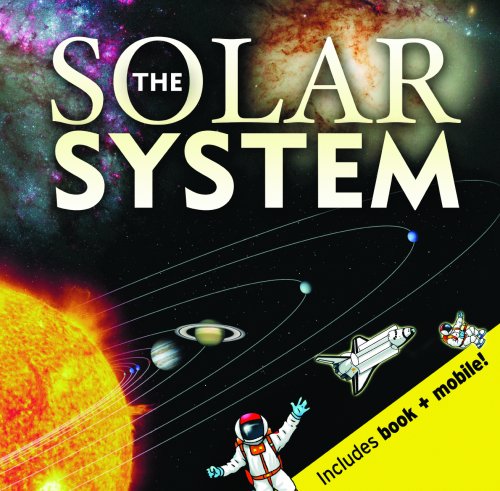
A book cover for The Solar System Model Kit; Five Mile Press; Science & Math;